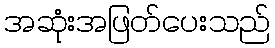
အဆုံးအဖြတ်ပေးသည်